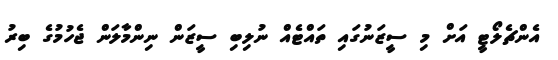
އެންޗެލޯޓީ އަށް މި ސީޒަނުގައި ތައްޓެއް ނުލިބި ސީޒަން ނިންމާލަން ޖެހުމުގެ ބިރު